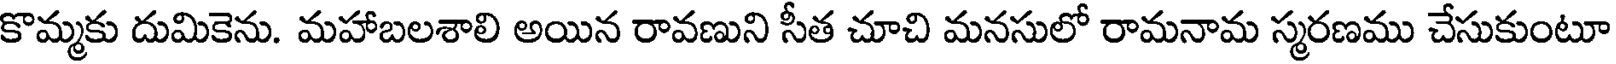
కొమ్మకు దుమికెను. మహాబలశాలి అయిన రావణుని సీత చూచి మనసులో రామనామ స్మరణము చేసుకుంటూ